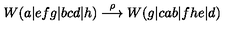
W ( a | e f g | b c d | h ) \stackrel { \rho } { \longrightarrow } W ( g | c a b | f h e | d )